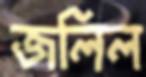
জলিল